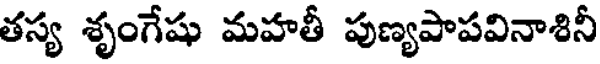
తస్య శృంగేషు మహతీ పుణ్యపాపవినాశినీ